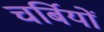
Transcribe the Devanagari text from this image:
चर्बियों